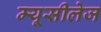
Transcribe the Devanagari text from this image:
म्यूसीलेज